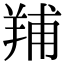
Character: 𦎎